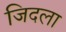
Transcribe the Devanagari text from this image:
जिदला